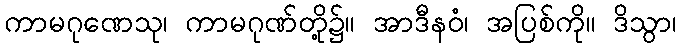
ကာမဂုဏေသု၊ ကာမဂုဏ်တို့၌။ အာဒီနဝံ၊ အပြစ်ကို။ ဒိသွာ၊